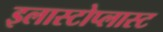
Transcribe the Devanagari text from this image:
इलास्टोप्लास्ट